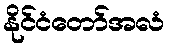
နိုင်ငံတော်အလံ